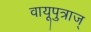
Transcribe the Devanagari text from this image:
वायूपुत्राज्